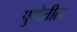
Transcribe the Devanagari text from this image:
पुणेतील